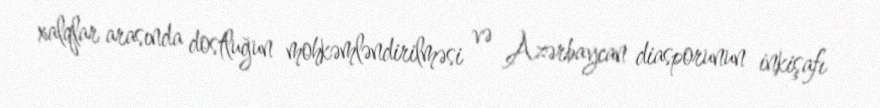
xalqlar arasında dostluğun mohkəmləndirilməsi və Azərbaycan diasporunun inkişafı